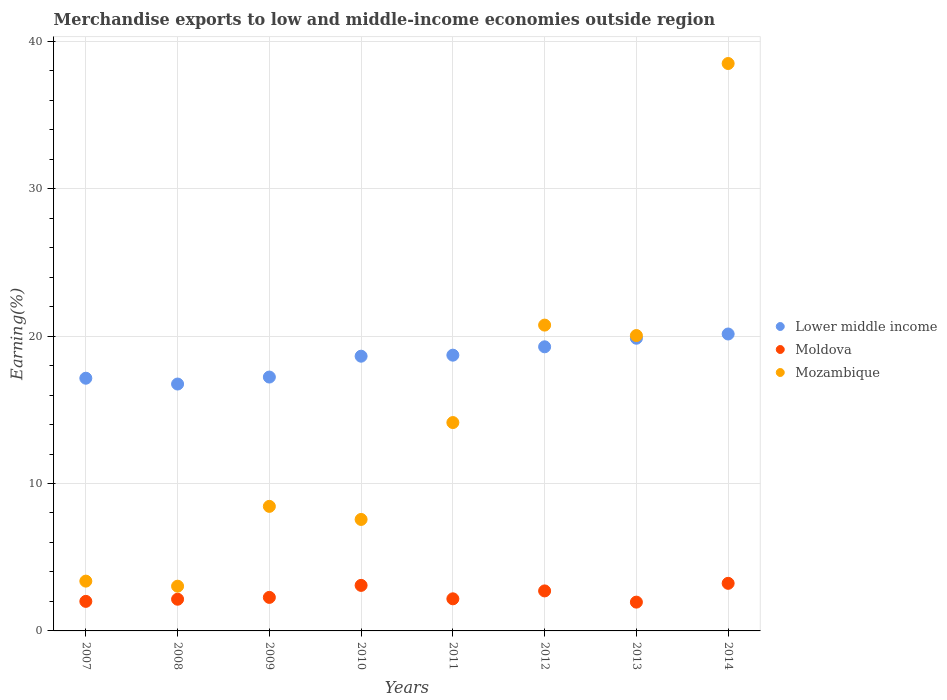
| Years | Lower middle income | Moldova | Mozambique |
 | --- | --- | --- | --- |
 | 2007 | 17.1 | 2 | 3.38 |
 | 2008 | 16.7 | 2.15 | 3.03 |
 | 2009 | 17.2 | 2.27 | 8.45 |
 | 2010 | 18.6 | 3.09 | 7.56 |
 | 2011 | 18.7 | 2.18 | 14.1 |
 | 2012 | 19.3 | 2.71 | 20.7 |
 | 2013 | 19.9 | 1.95 | 20 |
 | 2014 | 20.1 | 3.23 | 38.5 |